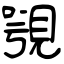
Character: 覨